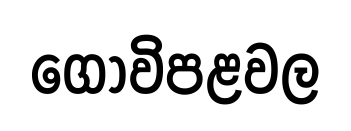
ගොවිපළවල